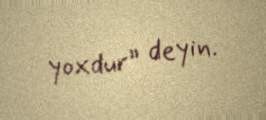
yoxdur” deyin.